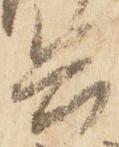
兵